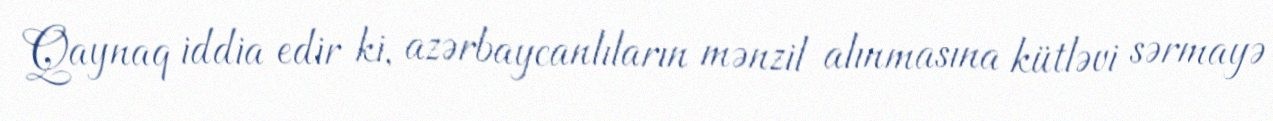
Qaynaq iddia edir ki, azərbaycanlıların mənzil alınmasına kütləvi sərmayə